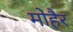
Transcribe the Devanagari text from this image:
मोहैर